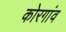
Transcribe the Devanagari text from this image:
कोरगांव